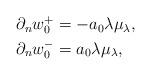
LaTeX: \begin{align*}\begin{aligned}\partial_n w_0^+ &=-a_0\lambda\mu_\lambda,\\\partial_n w_0^- &=a_0\lambda\mu_\lambda,\end{aligned}\end{align*}